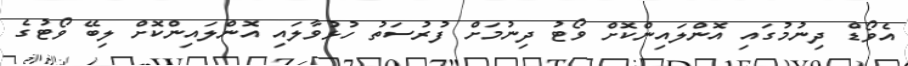
އެވޯޑް ދިނުމުގައި އޮންލައިންކޮށް ވޯޓު ދިނުމަށް ފުރުސަތު ހުޅުވާލައި އޮންލައިންކޮށް ލިބޭ ވޯޓުގެ